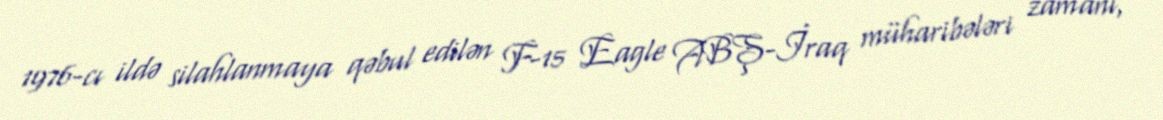
1976-cı ildə silahlanmaya qəbul edilən F-15 Eagle ABŞ-İraq müharibələri zamanı,